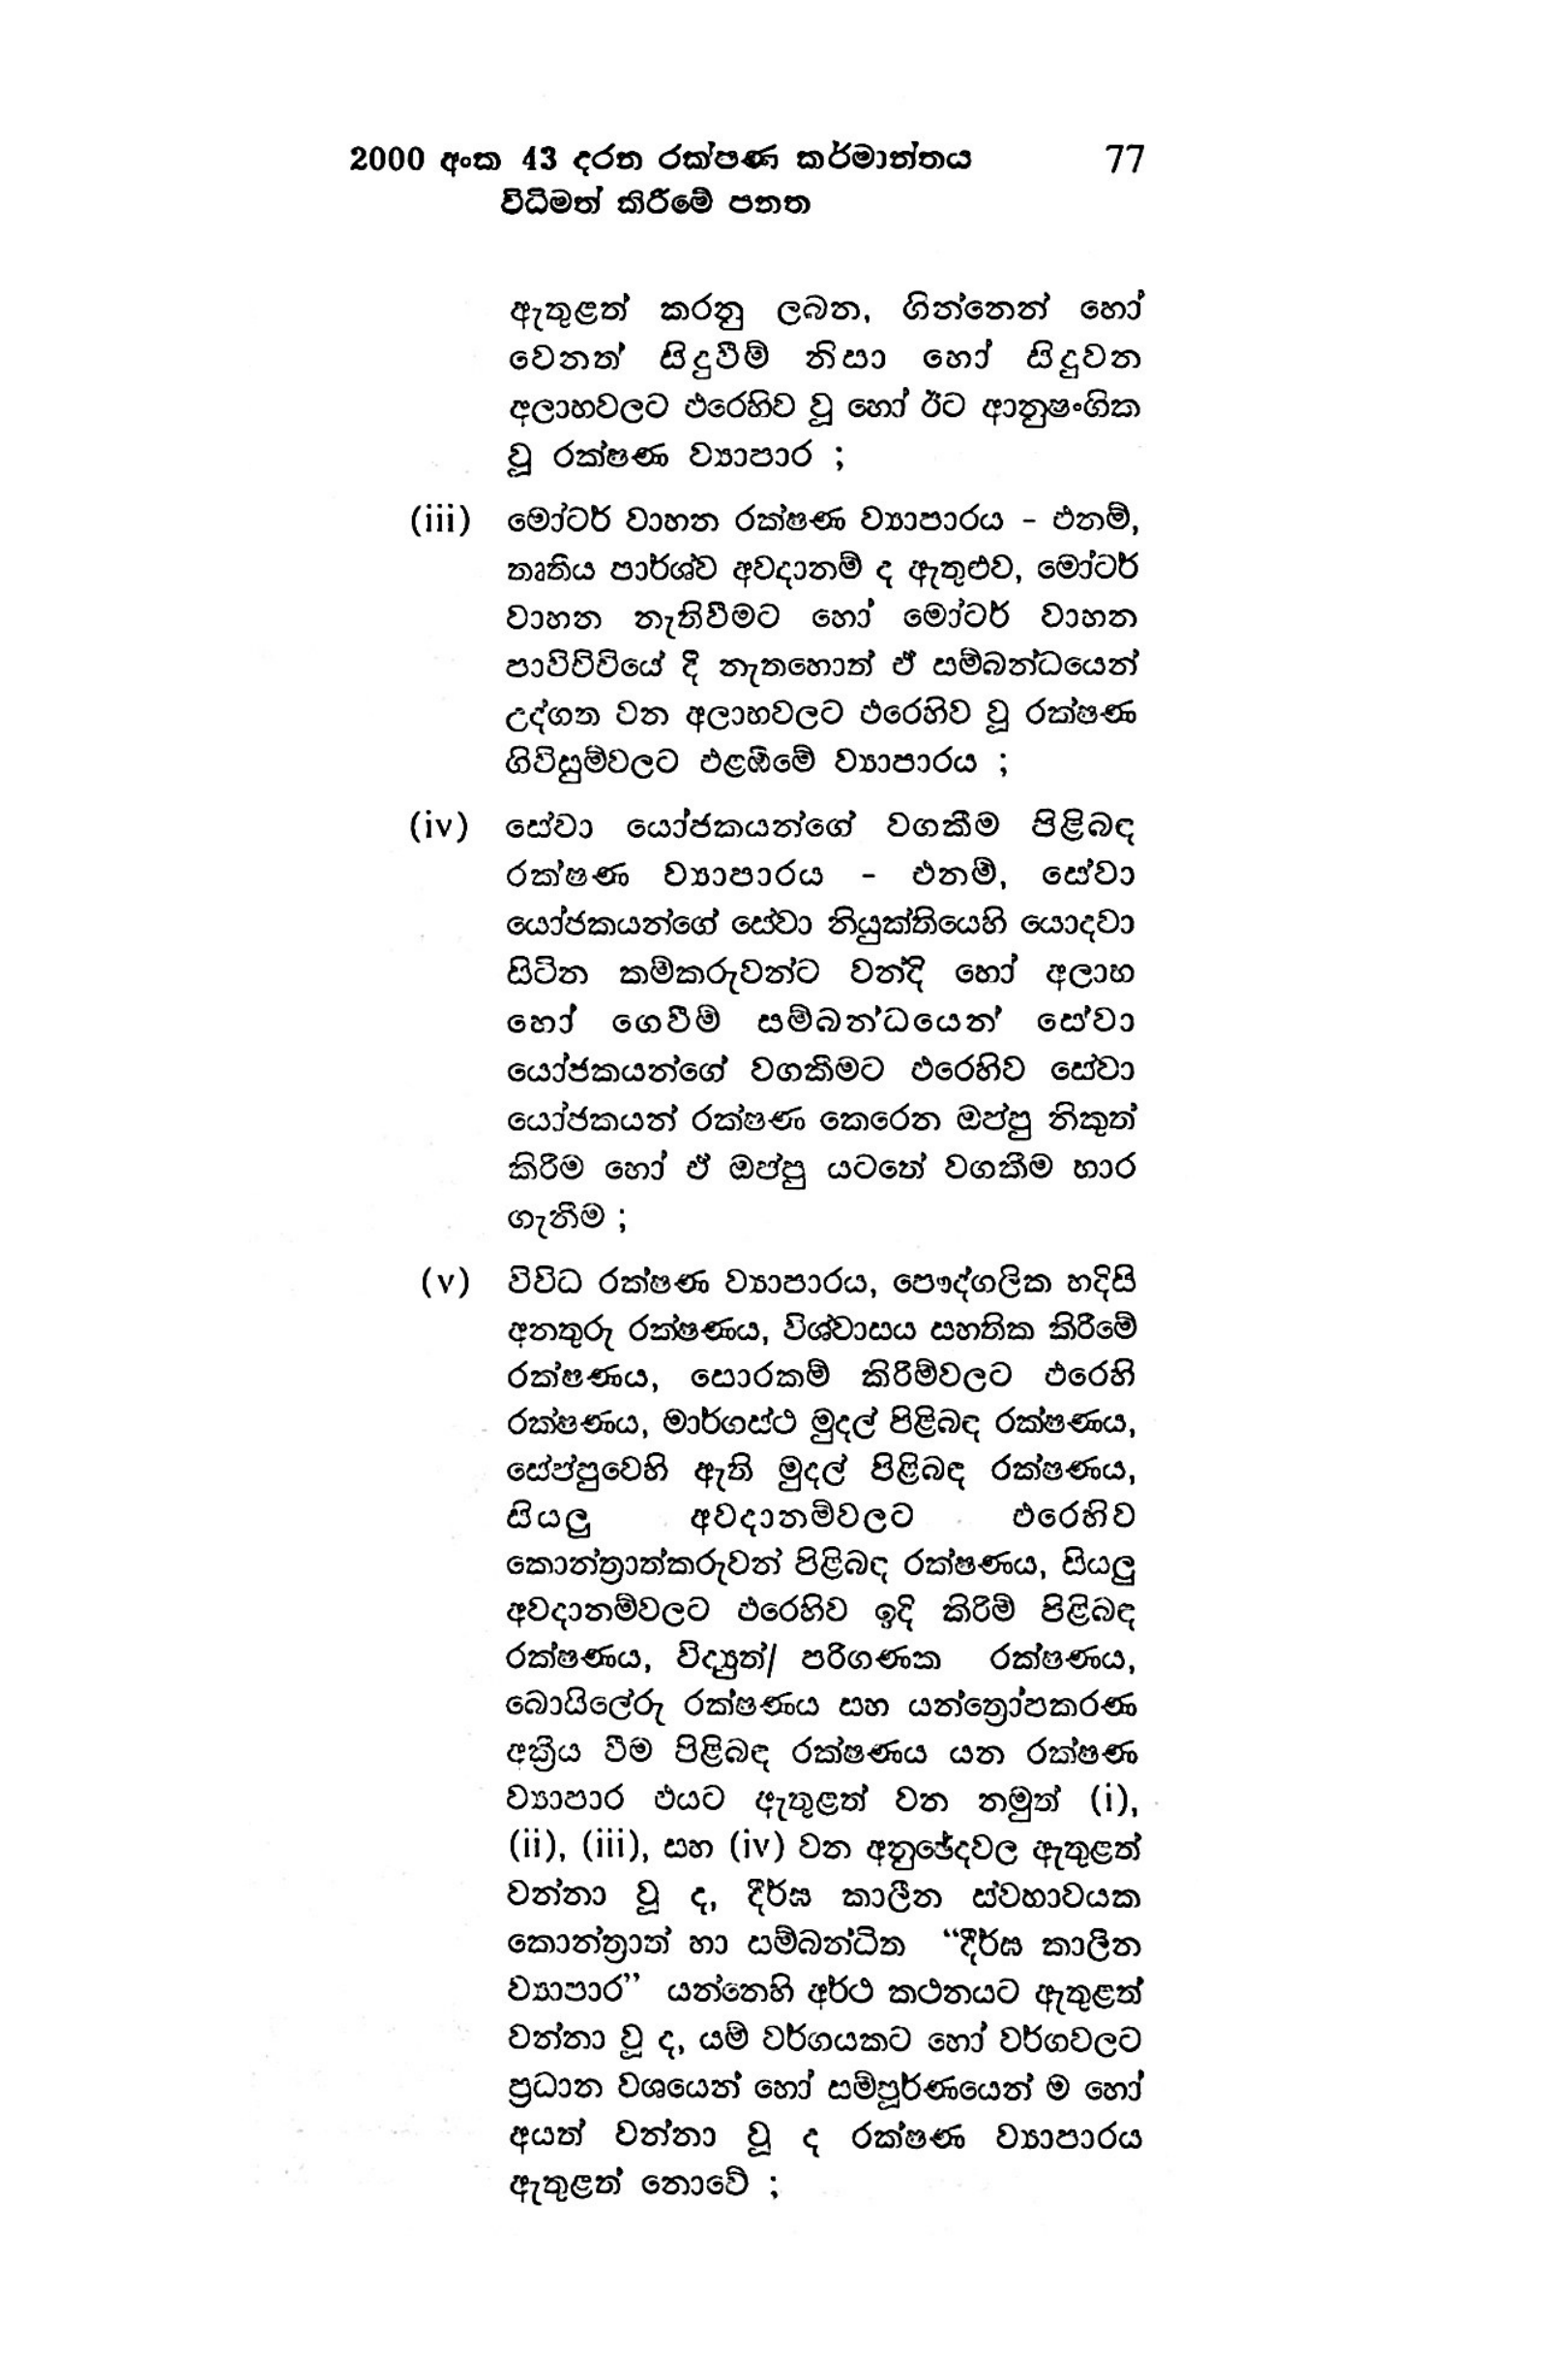
2000 අංක 43 දරන රක්ෂණ කර්මාන්තය 77
විධිමත් කිරීමේ පනත

ඇතුළත් කරනු ලබන, ගින්නෙන් හෝ
වෙනත් සිදුවීම් නිසා හෝ සිදුවන
අලාභවලට එරෙහිව වූ හෝ ඊට ආනුෂංගික
වූ රක්ෂණ ව්‍යාපාර ;

(iii) මෝටර් වාහන රක්ෂණ ව්‍යාපාරය - එනම්,
තෘතීය පාර්ශ්ව අවදානම් ද ඇතුළුව, මෝටර්
වාහන නැතිවීමට හෝ මෝටර් වාහන
පාවිච්චියේ දී නැතහොත් ඒ සම්බන්ධයෙන්
උද්ගත වන අලාභවලට එරෙහිව වූ රක්ෂණ
ගිවිසුම්වලට එළඹීමේ ව්‍යාපාරය ;

(iv) සේවා යෝජකයන්ගේ වගකීම පිළිබඳ
රක්ෂණ ව්‍යාපාරය - එනම්, සේවා
යෝජකයන්ගේ සේවා නියුක්තියෙහි යොදවා
සිටින කම්කරුවන්ට වන්දි හෝ අලාභ
හෝ ගෙවීම් සම්බන්ධයෙන් සේවා
යෝජකයන්ගේ වගකීමට එරෙහිව සේවා
යෝජකයන් රක්ෂණ කෙරෙන ඔප්පු නිකුත්
කිරීම හෝ ඒ ඔප්පු යටතේ වගකීම භාර
ගැනීම ;

(v) විවිධ රක්ෂණ ව්‍යාපාරය, පෞද්ගලික හදිසි
අනතුරු රක්ෂණය, විශ්වාසය සහතික කිරීමේ
රක්ෂණය, සොරකම් කිරීම්වලට එරෙහි
රක්ෂණය, මාර්ගස්ථ මුදල් පිළිබඳ රක්ෂණය,
සේප්පුවෙහි ඇති මුදල් පිළිබඳ රක්ෂණය,
සියලු අවදානම්වලට එරෙහිව
කොන්ත්‍රාත්කරුවන් පිළිබඳ රක්ෂණය, සියලු
අවදානම්වලට එරෙහිව ඉදි කිරීම් පිළිබඳ
රක්ෂණය, විද්‍යුත්| පරිගණක රක්ෂණය,
බොයිලේරු රක්ෂණය සහ යන්ත්‍රෝපකරණ
අක්‍රීය වීම පිළිබඳ රක්ෂණය යන රක්ෂණ
ව්‍යාපාර එයට ඇතුළත් වන නමුත් (i),
(ii), (iii), සහ (iv) වන අනුඡේදවල ඇතුළත්
වන්නා වූ ද, දීර්ඝ කාලීන ස්වභාවයක
කොන්ත්‍රාත් හා සම්බන්ධිත “ දීර්ඝ කාලීන
ව්‍යාපාර’” යන්නෙහි අර්ථ කථනයට ඇතුළත්
වන්නා වූ ද, යම් වර්ගයකට හෝ වර්ගවලට
ප්‍රධාන වශයෙන් හෝ සම්පූර්ණයෙන් ම හෝ
අයත් වන්නා වූ ද රක්ෂණ ව්‍යාපාරය
ඇතුළත් නොවේ ;